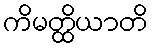
ကိမတ္ထိယာတိ